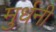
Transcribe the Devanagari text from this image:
मुर्धनी